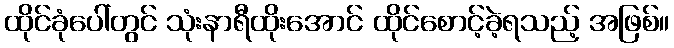
ထိုင်ခုံပေါ်တွင် သုံးနာရီထိုးအောင် ထိုင်စောင့်ခဲ့ရသည့် အဖြစ်။